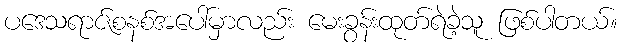
ပဒေသရာဇ်စနစ်အပေါ်မှာလည်း မေးခွန်းထုတ်ရဲခဲ့သူ ဖြစ်ပါတယ်။